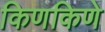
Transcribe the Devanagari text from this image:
किणकिणे